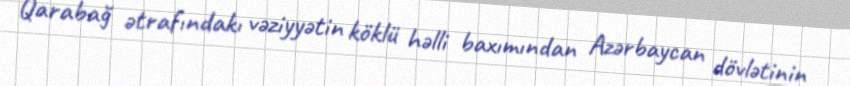
Qarabağ ətrafındakı vəziyyətin köklü həlli baxımından Azərbaycan dövlətinin